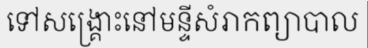
ទៅសង្គ្រោះនៅមន្ទីសំរាកព្យាបាល